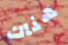
هناك